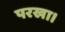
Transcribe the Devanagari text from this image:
परखा।